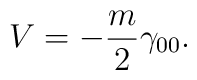
V= - \frac{m}2 \gamma_{00}.